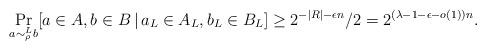
LaTeX: \begin{align*}\Pr_{a \sim^L_{\rho} b}[a \in A, b \in B \,|\, a_{L} \in A_{L}, b_L \in B_{L} ] \geq 2^{-|R|-\epsilon n}/2 = 2^{(\lambda - 1 - \epsilon - o(1))n}.\end{align*}